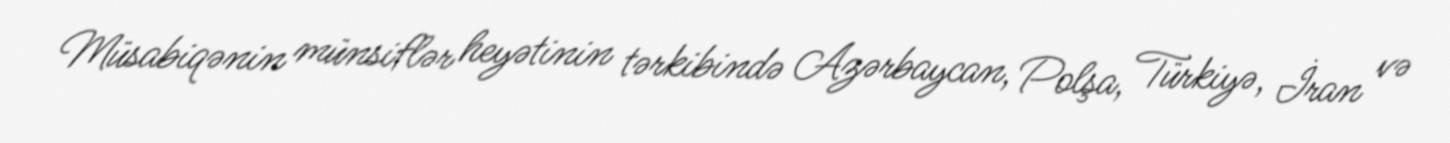
Müsabiqənin münsiflər heyətinin tərkibində Azərbaycan, Polşa, Türkiyə, İran və